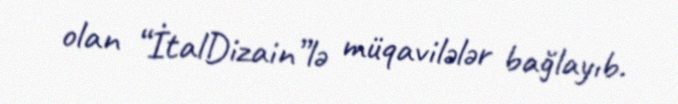
olan “İtalDizain”lə müqavilələr bağlayıb.